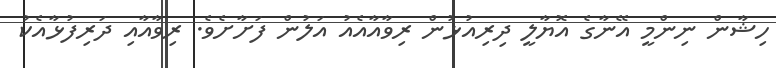
ހިޝާން ނިންމީ އޭނާގެ އޮޔާލީ ދިރިއުޅުން ރިވާއާއެއު އަލުން ފަށާށެވެ. ރިވާއާއި ދަރިފުޅާއެކު